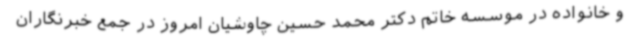
و خانواده در موسسه خاتم دکتر محمد حسین چاوشیان امروز در جمع خبرنگاران